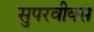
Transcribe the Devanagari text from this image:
सुपरवीक्स